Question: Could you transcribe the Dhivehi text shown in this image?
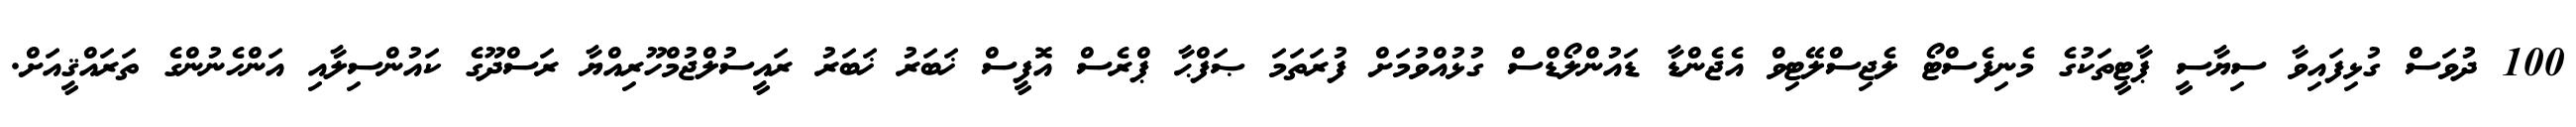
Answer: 100 ދުވަސް ގުޅިފައިވާ ސިޔާސީ ޕާޓީތަކުގެ މެނިފެސްޓޯ ލެޖިސްލޭޓިވް އެޖެންޑާ ޑައުންލޯޑްސް ގުޅުއްވުމަށް ފުރަތަމަ ޞަފްޙާ ޕްރެސް އޮފީސް ޚަބަރު ޚަބަރު ރައީސުލްޖުމްހޫރިއްޔާ ރަސްދޫގެ ކައުންސިލާއި އަންހެނުންގެ ތަރައްޤީއަށް.